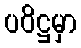
ပဝိဋ္ဌမှာ